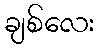
ချစ်လေး